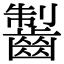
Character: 𪘥